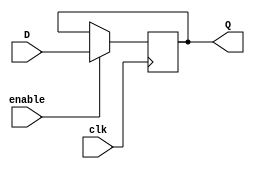
module EnableLatch(
    input wire clk,
    input wire enable,
    input wire D,
    output reg Q
);

always @(posedge clk) begin
    if(enable)
        Q <= D;
end

endmodule